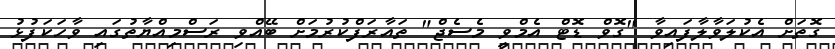
ގޮތަށް އެކުލަވާލާފައިވާ "ގޮވް ޑޮޓް އެމްވީ މެސެޖް" ތައާރަފްކުރުމަށް ބޭއްވި ރަސްމިއްޔާތުގައި ވާހަކަފުޅު